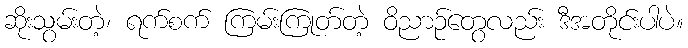
ဆိုးသွမ်းတဲ့၊ ရက်စက် ကြမ်းကြုတ်တဲ့ ဝိညာဉ်တွေလည်း ဒီအတိုင်းပါပဲ။